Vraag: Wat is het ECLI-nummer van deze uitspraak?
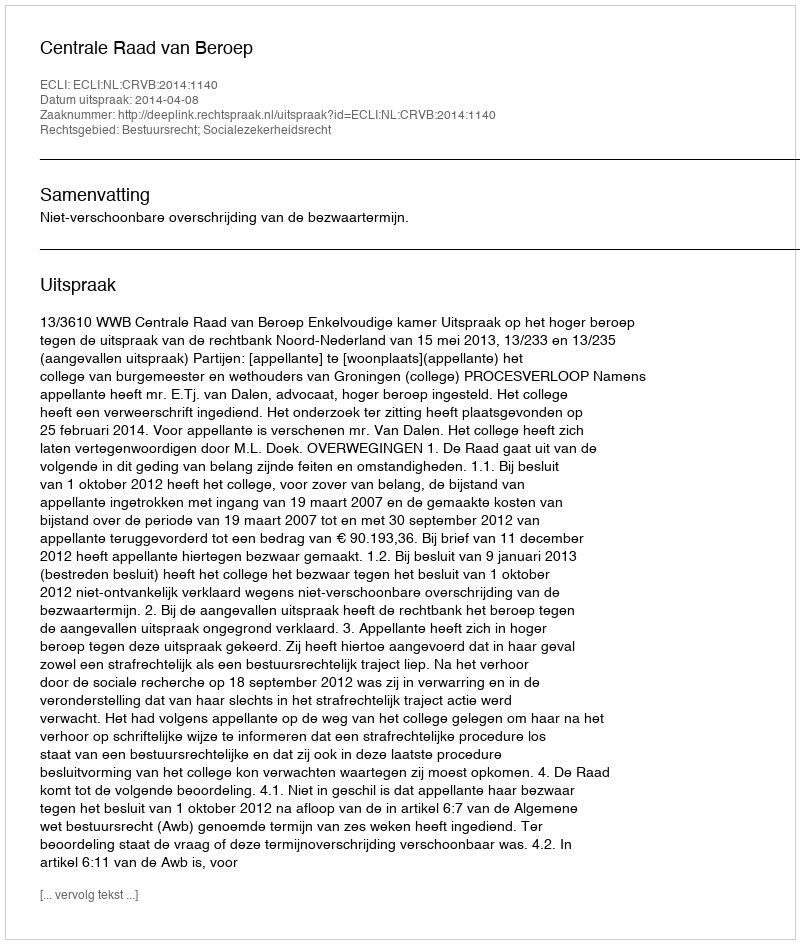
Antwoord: ECLI:NL:CRVB:2014:1140